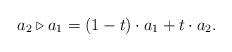
LaTeX: \begin{align*}a_2 \triangleright a_1=(1-t) \cdot a_1 + t \cdot a_2.\end{align*}